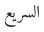
السريع